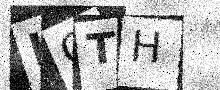
Text: KQTH